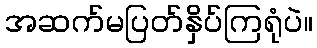
အဆက်မပြတ်နှိပ်ကြရုံပဲ။